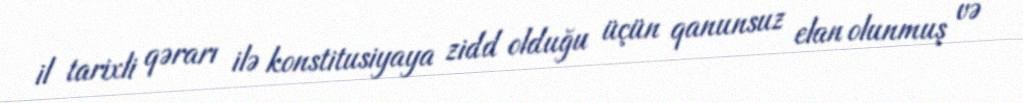
il tarixli qərarı ilə konstitusiyaya zidd olduğu üçün qanunsuz elan olunmuş və